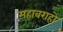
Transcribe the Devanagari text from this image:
महावराहो